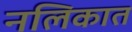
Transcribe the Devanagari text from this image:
नलिकात